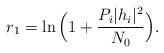
LaTeX: \begin{align*}r_1=\ln \Big(1+\frac{P_i|h_i|^2}{N_0}\Big).\end{align*}